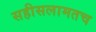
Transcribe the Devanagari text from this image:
सहीसलामतच